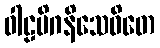
ဝါဠမိဂနိသေဝိတေ